Treatise on elephants
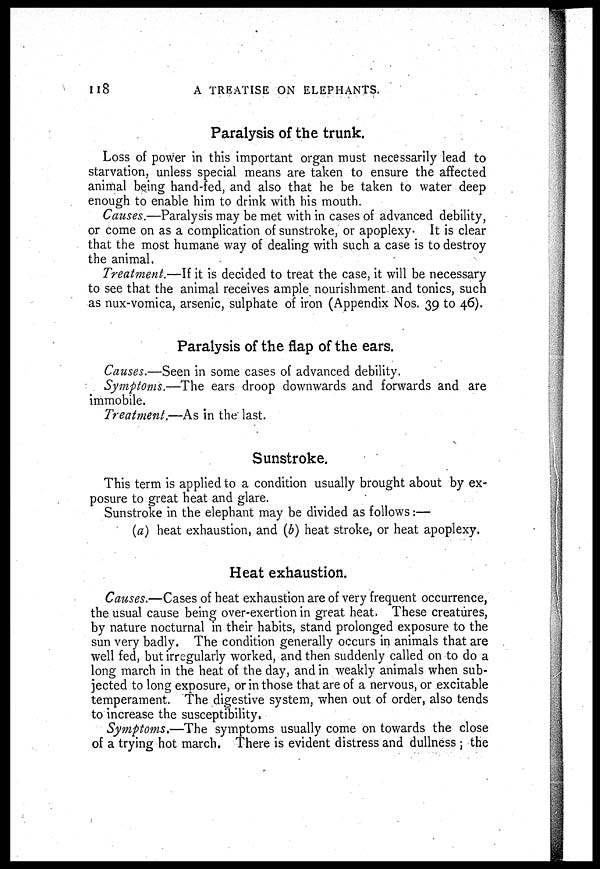
118
A TREATISE ON ELEPHANTS.
Paralysis of the trunk.
Loss of power in this important organ must necessarily lead to
starvation, unless special means are taken to ensure the affected
animal being hand-fed, and also that he be taken to water deep
enough to enable him to drink with his mouth.
Causes.—Paralysis may be met with in cases of advanced debility,
or come on as a complication of sunstroke, or apoplexy. It is clear
that the most humane way of dealing with such a case is to destroy
the animal.
Treatment.—If it is decided to treat the case, it will be necessary
to see that the animal receives ample nourishment and tonics, such
as nux-vomica, arsenic, sulphate of iron (Appendix Nos. 39 to 46).
Paralysis of the flap of the ears.
Causes.—Seen in some cases of advanced debility.
Symptoms.—The ears droop downwards and forwards and are
immobile.
Treatment.—As in the last.
Sunstroke.
This term is applied to a condition usually brought about by ex-
posure to great heat and glare.
Sunstroke in the elephant may be divided as follows:—
(a) heat exhaustion, and (b) heat stroke, or heat apoplexy.
Heat exhaustion.
Causes.—Cases of heat exhaustion are of very frequent occurrence,
the usual cause being over-exertion in great heat. These creatures,
by nature nocturnal in their habits, stand prolonged exposure to the
sun very badly. The condition generally occurs in animals that are
well fed, but irregularly worked, and then suddenly called on to do a
long march in the heat of the day, and in weakly animals when sub-
jected to long exposure, or in those that are of a nervous, or excitable
temperament. The digestive system, when out of order, also tends
to increase the susceptibility.
Symptoms.—The symptoms usually come on towards the close
of a trying hot march. There is evident distress and dullness ; the